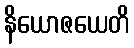
နိယောဇယေတိ